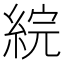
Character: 綄